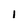
Character: I